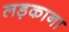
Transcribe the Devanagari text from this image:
लड़काना